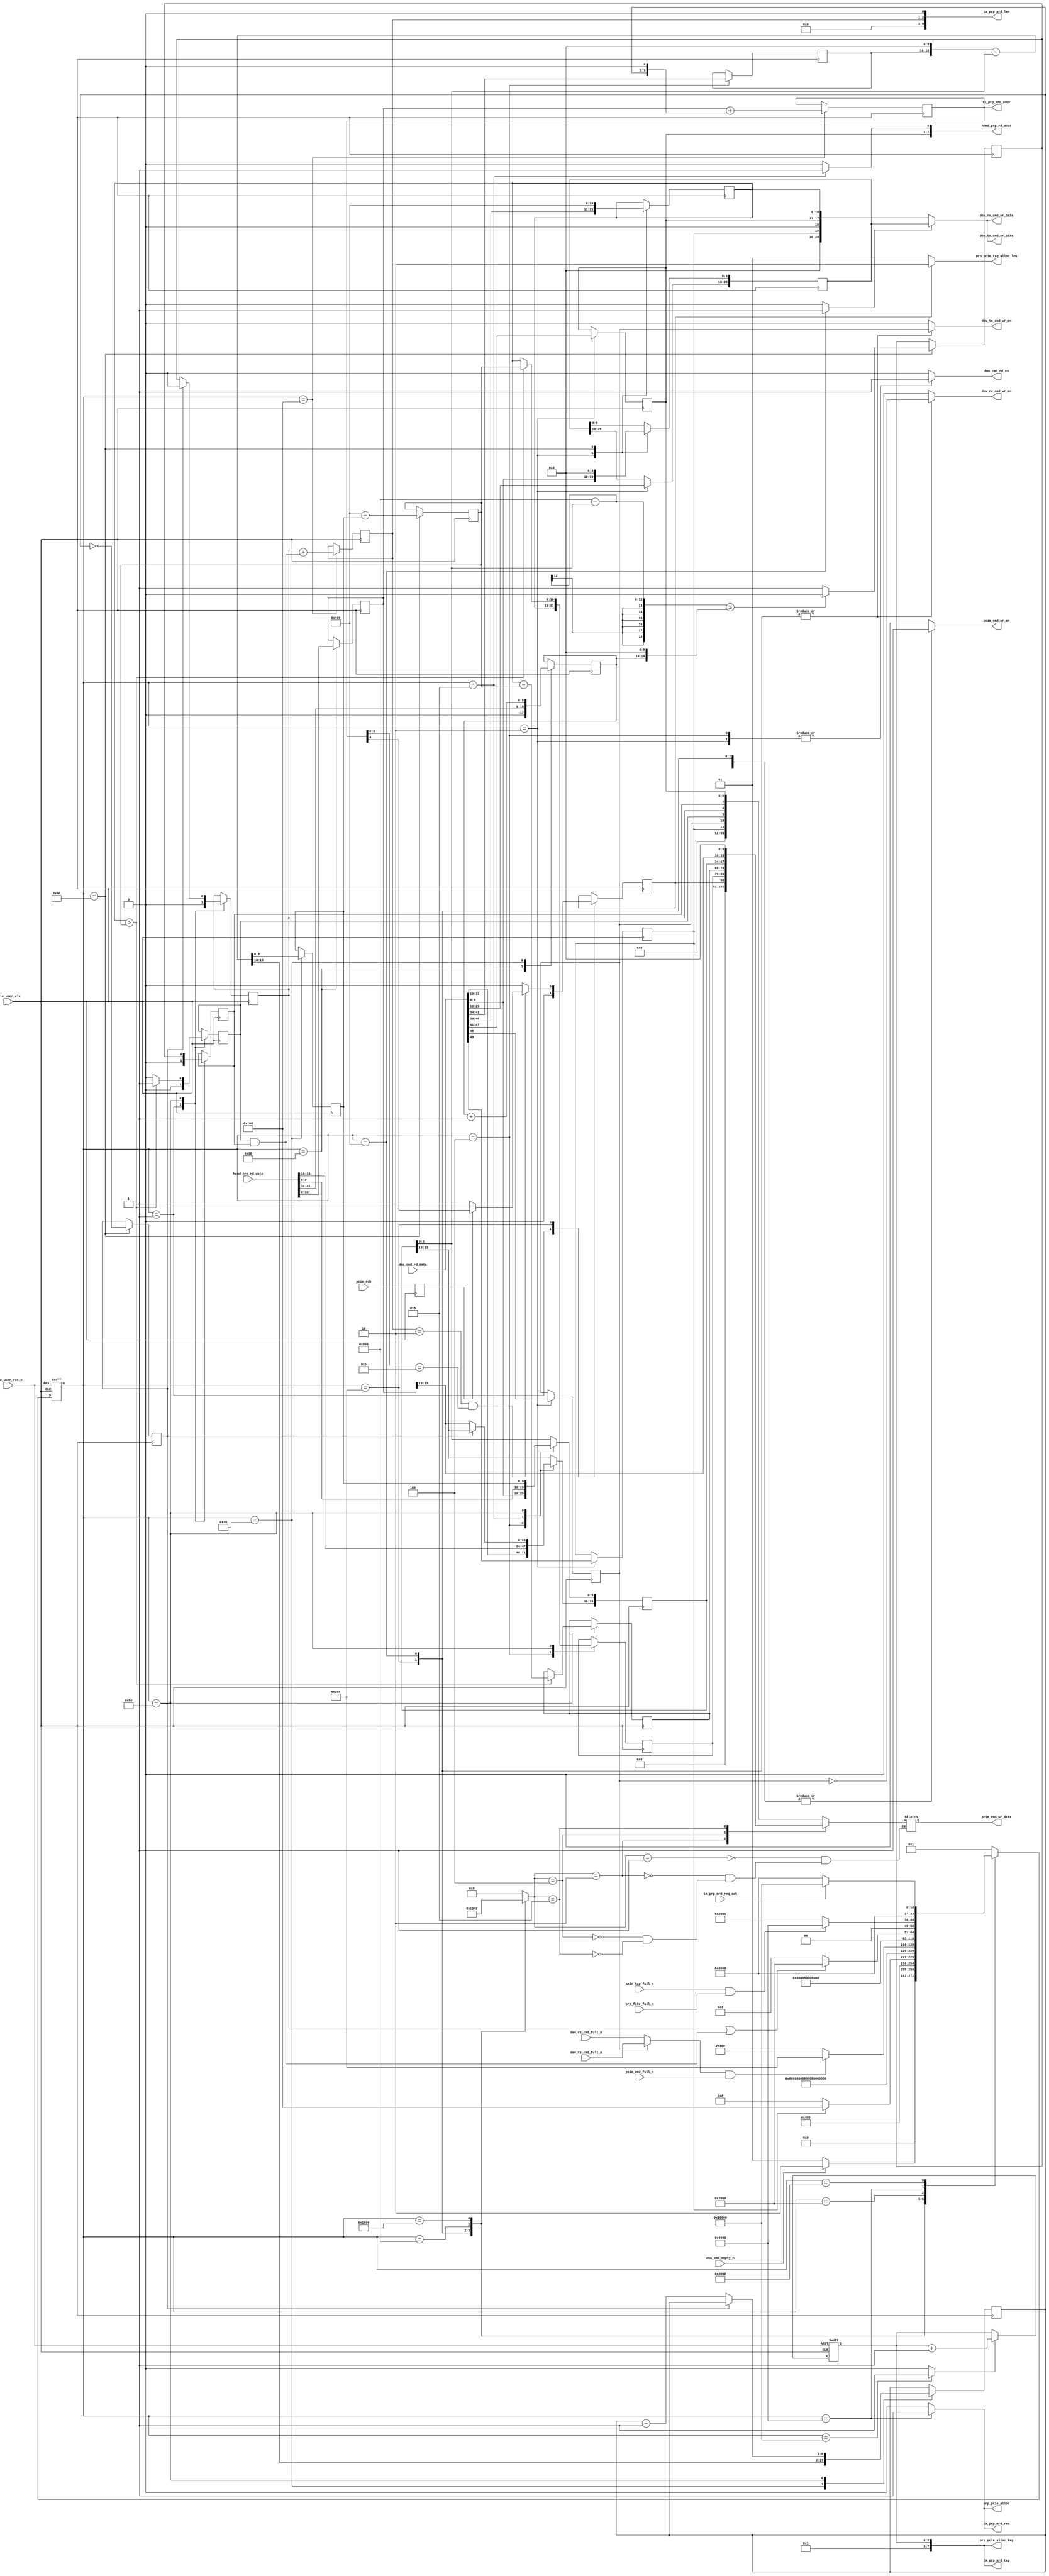

/*
----------------------------------------------------------------------------------
Copyright (c) 2013-2014

  Embedded and Network Computing Lab.
  Open SSD Project
  Hanyang University

All rights reserved.

----------------------------------------------------------------------------------

Redistribution and use in source and binary forms, with or without
modification, are permitted provided that the following conditions are
met:

  1. Redistributions of source code must retain the above copyright
     notice, this list of conditions and the following disclaimer.

  2. Redistributions in binary form must reproduce the above copyright
     notice, this list of conditions and the following disclaimer in the
     documentation and/or other materials provided with the distribution.

  3. All advertising materials mentioning features or use of this source code
     must display the following acknowledgement:
     This product includes source code developed 
     by the Embedded and Network Computing Lab. and the Open SSD Project.

THIS SOFTWARE IS PROVIDED BY THE COPYRIGHT HOLDERS AND CONTRIBUTORS "AS IS" AND
ANY EXPRESS OR IMPLIED WARRANTIES, INCLUDING, BUT NOT LIMITED TO, THE IMPLIED
WARRANTIES OF MERCHANTABILITY AND FITNESS FOR A PARTICULAR PURPOSE ARE
DISCLAIMED. IN NO EVENT SHALL THE COPYRIGHT OWNER OR CONTRIBUTORS BE LIABLE FOR
ANY DIRECT, INDIRECT, INCIDENTAL, SPECIAL, EXEMPLARY, OR CONSEQUENTIAL DAMAGES
(INCLUDING, BUT NOT LIMITED TO, PROCUREMENT OF SUBSTITUTE GOODS OR SERVICES;
LOSS OF USE, DATA, OR PROFITS; OR BUSINESS INTERRUPTION) HOWEVER CAUSED AND
ON ANY THEORY OF LIABILITY, WHETHER IN CONTRACT, STRICT LIABILITY, OR TORT
(INCLUDING NEGLIGENCE OR OTHERWISE) ARISING IN ANY WAY OUT OF THE USE OF THIS
SOFTWARE, EVEN IF ADVISED OF THE POSSIBILITY OF SUCH DAMAGE.

----------------------------------------------------------------------------------

http://enclab.hanyang.ac.kr/
http://www.openssd-project.org/
http://www.hanyang.ac.kr/

----------------------------------------------------------------------------------
*/


`timescale 1ns / 1ps

module dma_cmd_gen # (
	parameter	P_PCIE_DATA_WIDTH			= 128,
	parameter	C_PCIE_ADDR_WIDTH			= 36
)
(
	input									pcie_user_clk,
	input									pcie_user_rst_n,

	input									pcie_rcb,

	output									dma_cmd_rd_en,
	input	[49:0]							dma_cmd_rd_data,
	input									dma_cmd_empty_n,

	output	[7:0]							hcmd_prp_rd_addr,
	input	[44:0]							hcmd_prp_rd_data,

	output									dev_rx_cmd_wr_en,
	output	[29:0]							dev_rx_cmd_wr_data,
	input									dev_rx_cmd_full_n,

	output									dev_tx_cmd_wr_en,
	output	[29:0]							dev_tx_cmd_wr_data,
	input									dev_tx_cmd_full_n,

	output									pcie_cmd_wr_en,
	output	[33:0]							pcie_cmd_wr_data,
	input									pcie_cmd_full_n,

	output									prp_pcie_alloc,
	output	[7:0]							prp_pcie_alloc_tag,
	output	[5:4]							prp_pcie_tag_alloc_len,
	input									pcie_tag_full_n,
	input									prp_fifo_full_n,

	output									tx_prp_mrd_req,
	output	[7:0]							tx_prp_mrd_tag,
	output	[11:2]							tx_prp_mrd_len,
	output	[C_PCIE_ADDR_WIDTH-1:2]			tx_prp_mrd_addr,
	input									tx_prp_mrd_req_ack
);

localparam	LP_PRP_PCIE_TAG_PREFIX			= 5'b00001;

localparam	S_IDLE							= 17'b00000000000000001;
localparam	S_DMA_CMD0						= 17'b00000000000000010;
localparam	S_DMA_CMD1						= 17'b00000000000000100;
localparam	S_PRP_INFO0						= 17'b00000000000001000;
localparam	S_PRP_INFO1						= 17'b00000000000010000;
localparam	S_CALC_LEN0						= 17'b00000000000100000;
localparam	S_CALC_LEN1						= 17'b00000000001000000;
localparam	S_CALC_LEN2						= 17'b00000000010000000;
localparam	S_CHECK_FIFO					= 17'b00000000100000000;
localparam	S_CMD0							= 17'b00000001000000000;
localparam	S_CMD1							= 17'b00000010000000000;
localparam	S_CMD2							= 17'b00000100000000000;
localparam	S_CMD3							= 17'b00001000000000000;
localparam	S_PCIE_MRD_CHECK				= 17'b00010000000000000;
localparam	S_PCIE_MRD_REQ					= 17'b00100000000000000;
localparam	S_PCIE_MRD_ACK					= 17'b01000000000000000;
localparam	S_PCIE_MRD_REQ_DONE				= 17'b10000000000000000;

reg		[16:0]								cur_state;
reg		[16:0]								next_state;

reg											r_pcie_rcb;
reg											r_pcie_rcb_cross;

reg											r_dma_cmd_type;
reg											r_dma_cmd_dir;
reg		[6:0]								r_hcmd_slot_tag;
reg		[31:2]								r_dev_addr;
reg		[12:2]								r_dev_dma_len;
reg		[8:0]								r_4k_offset;

reg		[C_PCIE_ADDR_WIDTH-1:2]				r_hcmd_prp_1;
reg		[C_PCIE_ADDR_WIDTH-1:2]				r_hcmd_prp_2;
reg		[8:0]								r_hcmd_nlb;

reg											r_prp2_type;
reg		[8:0]								r_prp_offset;
reg											r_prp_offset_is_0;
reg		[11:2]								r_prp_4b_offset;
reg		[12:2]								r_1st_prp_4b_len;

reg		[12:2]								r_1st_4b_len;
reg		[12:2]								r_2st_4b_len;

reg											r_2st_valid;
reg											r_1st_mrd_need;
reg											r_2st_mrd_need;
wire										w_2st_mrd_need;

reg		[2:0]								r_tx_prp_mrd_tag;
reg		[4:3]								r_pcie_mrd_len;
reg		[C_PCIE_ADDR_WIDTH-1:2]				r_tx_prp_mrd_addr;

wire	[20:2]								w_4b_offset;
wire										w_dev_cmd_full_n;

reg											r_dma_cmd_rd_en;
reg											r_hcmd_prp_rd_sel;
reg											r_dev_rx_cmd_wr_en;
reg											r_dev_tx_cmd_wr_en;
reg											r_dev_cmd_wr_data_sel;
reg											r_pcie_cmd_wr_en;
reg		[3:0]								r_pcie_cmd_wr_data_sel;
reg											r_prp_pcie_alloc;
reg											r_tx_prp_mrd_req;
reg											r_mrd_tag_update;

reg		[29:0]								r_dev_cmd_wr_data;
reg		[33:0]								r_pcie_cmd_wr_data;

assign dma_cmd_rd_en = r_dma_cmd_rd_en;

assign hcmd_prp_rd_addr = {r_hcmd_slot_tag, r_hcmd_prp_rd_sel};

assign dev_rx_cmd_wr_en = r_dev_rx_cmd_wr_en;
assign dev_rx_cmd_wr_data = r_dev_cmd_wr_data;

assign dev_tx_cmd_wr_en = r_dev_tx_cmd_wr_en;
assign dev_tx_cmd_wr_data = r_dev_cmd_wr_data;

assign pcie_cmd_wr_en = r_pcie_cmd_wr_en;
assign pcie_cmd_wr_data = r_pcie_cmd_wr_data;

assign prp_pcie_alloc = r_prp_pcie_alloc;
assign prp_pcie_alloc_tag = {LP_PRP_PCIE_TAG_PREFIX, r_tx_prp_mrd_tag};
assign prp_pcie_tag_alloc_len = (r_pcie_rcb_cross == 0) ? 2'b01 : 2'b10;

assign tx_prp_mrd_req = r_tx_prp_mrd_req;
assign tx_prp_mrd_tag = {LP_PRP_PCIE_TAG_PREFIX, r_tx_prp_mrd_tag};
assign tx_prp_mrd_len = {7'b0, r_pcie_mrd_len, 1'b0};
assign tx_prp_mrd_addr = r_tx_prp_mrd_addr;

always @ (posedge pcie_user_clk)
begin
	r_pcie_rcb <= pcie_rcb;
end

always @ (posedge pcie_user_clk or negedge pcie_user_rst_n)
begin
	if(pcie_user_rst_n == 0)
		cur_state <= S_IDLE;
	else
		cur_state <= next_state;
end

assign w_dev_cmd_full_n = (r_dma_cmd_dir == 1'b1) ? dev_tx_cmd_full_n : dev_rx_cmd_full_n;

always @ (*)
begin
	case(cur_state)
		S_IDLE: begin
			if(dma_cmd_empty_n == 1'b1)
				next_state <= S_DMA_CMD0;
			else
				next_state <= S_IDLE;
		end
		S_DMA_CMD0: begin
			next_state <= S_DMA_CMD1;
		end
		S_DMA_CMD1: begin
			if(r_dma_cmd_type == 1'b1)
				next_state <= S_CHECK_FIFO;
			else
				next_state <= S_PRP_INFO0;
		end
		S_PRP_INFO0: begin
			next_state <= S_PRP_INFO1;
		end
		S_PRP_INFO1: begin
			next_state <= S_CALC_LEN0;
		end
		S_CALC_LEN0: begin
			next_state <= S_CALC_LEN1;
		end
		S_CALC_LEN1: begin
			next_state <= S_CALC_LEN2;
		end
		S_CALC_LEN2: begin
			next_state <= S_CHECK_FIFO;
		end
		S_CHECK_FIFO: begin
			if(w_dev_cmd_full_n == 1'b1 && pcie_cmd_full_n == 1'b1)
				next_state <= S_CMD0;
			else
				next_state <= S_CHECK_FIFO;
		end
		S_CMD0: begin
			next_state <= S_CMD1;
		end
		S_CMD1: begin
			next_state <= S_CMD2;
		end
		S_CMD2: begin
			next_state <= S_CMD3;
		end
		S_CMD3: begin
			if((r_1st_mrd_need | (r_2st_valid & r_2st_mrd_need)) == 1'b1)
				next_state <= S_PCIE_MRD_CHECK;
			else
				next_state <= S_IDLE;
		end
		S_PCIE_MRD_CHECK: begin
			if(pcie_tag_full_n == 1 && prp_fifo_full_n == 1)
				next_state <= S_PCIE_MRD_REQ;
			else
				next_state <= S_PCIE_MRD_CHECK;
		end
		S_PCIE_MRD_REQ: begin
			next_state <= S_PCIE_MRD_ACK;
		end
		S_PCIE_MRD_ACK: begin
			if(tx_prp_mrd_req_ack == 1'b1)
				next_state <= S_PCIE_MRD_REQ_DONE;
			else
				next_state <= S_PCIE_MRD_ACK;
		end
		S_PCIE_MRD_REQ_DONE: begin
			next_state <= S_IDLE;
		end
		default: begin
			next_state <= S_IDLE;
		end
	endcase
end

always @ (posedge pcie_user_clk or negedge pcie_user_rst_n)
begin
	if(pcie_user_rst_n == 0) begin
		r_tx_prp_mrd_tag <= 0;
	end
	else begin
		if(r_mrd_tag_update == 1)
			r_tx_prp_mrd_tag <= r_tx_prp_mrd_tag + 1;
	end
end

assign w_4b_offset[20:2] = {r_4k_offset, 10'b0} + r_hcmd_prp_1[11:2];
assign w_2st_mrd_need = r_2st_valid & r_2st_mrd_need;

always @ (posedge pcie_user_clk)
begin
	case(cur_state)
		S_IDLE: begin
			r_2st_valid <= 0;
			r_1st_mrd_need <= 0;
			r_2st_mrd_need <= 0;
			r_pcie_rcb_cross <= 0;
		end
		S_DMA_CMD0: begin
			r_dev_addr <= dma_cmd_rd_data[29:0];
			r_dev_dma_len <= dma_cmd_rd_data[40:30];
			r_hcmd_slot_tag <= dma_cmd_rd_data[47:41];
			r_dma_cmd_dir <= dma_cmd_rd_data[48];
			r_dma_cmd_type <= dma_cmd_rd_data[49];
		end
		S_DMA_CMD1: begin
			r_hcmd_prp_1 <= dma_cmd_rd_data[33:0];
			r_4k_offset <= dma_cmd_rd_data[42:34];
			r_1st_4b_len <= r_dev_dma_len;
		end
		S_PRP_INFO0: begin
			r_hcmd_prp_1 <= hcmd_prp_rd_data[33:0];
		end
		S_PRP_INFO1: begin
			r_hcmd_nlb <= {1'b0, hcmd_prp_rd_data[41:34]};
			r_hcmd_prp_2 <= hcmd_prp_rd_data[33:0];
		end
		S_CALC_LEN0: begin
			r_prp_offset <= w_4b_offset[20:12];
			r_prp_4b_offset <= w_4b_offset[11:2];
			r_hcmd_nlb <= r_hcmd_nlb + 1;
		end
		S_CALC_LEN1: begin
			r_dev_addr[11:2] <= 0;
			r_dev_dma_len <= 11'h400;

			r_prp_offset_is_0 <= (r_prp_offset == 0);
			r_1st_prp_4b_len <= 11'h400 - r_prp_4b_offset;

			if((12'h800 - r_hcmd_prp_1[11:2]) >= {r_hcmd_nlb, 10'b0})
				r_prp2_type <= 0;
			else
				r_prp2_type <= 1;
		end
		S_CALC_LEN2: begin
			if(r_dev_dma_len > r_1st_prp_4b_len) begin
				r_1st_4b_len <= r_1st_prp_4b_len;
				r_2st_4b_len <= r_dev_dma_len - r_1st_prp_4b_len;
				r_2st_valid <= 1;
			end
			else begin
				r_1st_4b_len <= r_dev_dma_len;
				r_2st_valid <= 0;
			end

			if(r_prp_offset_is_0 == 1) begin
				r_1st_mrd_need <= 0;
				r_2st_mrd_need <= r_prp2_type;
			end
			else begin
				r_hcmd_prp_1[C_PCIE_ADDR_WIDTH-1:12] <= r_hcmd_prp_2[C_PCIE_ADDR_WIDTH-1:12];
				r_1st_mrd_need <= r_prp2_type;
				r_2st_mrd_need <= r_prp2_type;
				r_prp_offset <= r_prp_offset - 1'b1;
			end
			r_hcmd_prp_1[11:2] <= r_prp_4b_offset;
		end
		S_CHECK_FIFO: begin
			r_tx_prp_mrd_addr <= r_hcmd_prp_2 + {r_prp_offset, 1'b0};
			r_pcie_mrd_len <= r_1st_mrd_need + w_2st_mrd_need;
		end
		S_CMD0: begin
			if(r_pcie_mrd_len == 2 && r_tx_prp_mrd_addr[5:2] == 4'b1110) begin
				if(r_pcie_rcb == 1)
					r_pcie_rcb_cross <= r_tx_prp_mrd_addr[6];
				else
					r_pcie_rcb_cross <= 1;
			end
			else
				r_pcie_rcb_cross <= 0;
		end
		S_CMD1: begin

		end
		S_CMD2: begin

		end
		S_CMD3: begin

		end
		S_PCIE_MRD_CHECK: begin

		end
		S_PCIE_MRD_REQ: begin

		end
		S_PCIE_MRD_ACK: begin

		end
		S_PCIE_MRD_REQ_DONE: begin

		end
		default: begin

		end
	endcase
end

always @ (*)
begin
	if(r_dev_cmd_wr_data_sel == 0)
		r_dev_cmd_wr_data <= {10'b0, r_dma_cmd_type, 1'b0, r_hcmd_slot_tag, r_dev_dma_len};
	else
		r_dev_cmd_wr_data <= r_dev_addr;

	case(r_pcie_cmd_wr_data_sel)  // synthesis parallel_case full_case
		4'b0001: r_pcie_cmd_wr_data <= {22'b0, r_dma_cmd_type, r_dma_cmd_dir, r_2st_valid, r_1st_mrd_need, r_2st_mrd_need, r_hcmd_slot_tag};
		4'b0010: r_pcie_cmd_wr_data <= {11'b0, r_pcie_rcb_cross, r_1st_4b_len, r_2st_4b_len};
		4'b0100: r_pcie_cmd_wr_data <= r_hcmd_prp_1;
		4'b1000: r_pcie_cmd_wr_data <= {r_hcmd_prp_2[C_PCIE_ADDR_WIDTH-1:12], 10'b0};
	endcase
end

always @ (*)
begin
	case(cur_state)
		S_IDLE: begin
			r_dma_cmd_rd_en <= 0;
			r_hcmd_prp_rd_sel <= 0;
			r_dev_rx_cmd_wr_en <= 0;
			r_dev_tx_cmd_wr_en <= 0;
			r_dev_cmd_wr_data_sel <= 0;
			r_pcie_cmd_wr_en <= 0;
			r_pcie_cmd_wr_data_sel <= 4'b0;
			r_prp_pcie_alloc <= 0;
			r_tx_prp_mrd_req <= 0;
			r_mrd_tag_update <= 0;
		end
		S_DMA_CMD0: begin
			r_dma_cmd_rd_en <= 1;
			r_hcmd_prp_rd_sel <= 0;
			r_dev_rx_cmd_wr_en <= 0;
			r_dev_tx_cmd_wr_en <= 0;
			r_dev_cmd_wr_data_sel <= 0;
			r_pcie_cmd_wr_en <= 0;
			r_pcie_cmd_wr_data_sel <= 4'b0;
			r_prp_pcie_alloc <= 0;
			r_tx_prp_mrd_req <= 0;
			r_mrd_tag_update <= 0;
		end
		S_DMA_CMD1: begin
			r_dma_cmd_rd_en <= 1;
			r_hcmd_prp_rd_sel <= 0;
			r_dev_rx_cmd_wr_en <= 0;
			r_dev_tx_cmd_wr_en <= 0;
			r_dev_cmd_wr_data_sel <= 0;
			r_pcie_cmd_wr_en <= 0;
			r_pcie_cmd_wr_data_sel <= 4'b0;
			r_prp_pcie_alloc <= 0;
			r_tx_prp_mrd_req <= 0;
			r_mrd_tag_update <= 0;
		end
		S_PRP_INFO0: begin
			r_dma_cmd_rd_en <= 0;
			r_hcmd_prp_rd_sel <= 1;
			r_dev_rx_cmd_wr_en <= 0;
			r_dev_tx_cmd_wr_en <= 0;
			r_dev_cmd_wr_data_sel <= 0;
			r_pcie_cmd_wr_en <= 0;
			r_pcie_cmd_wr_data_sel <= 4'b0;
			r_prp_pcie_alloc <= 0;
			r_tx_prp_mrd_req <= 0;
			r_mrd_tag_update <= 0;
		end
		S_PRP_INFO1: begin
			r_dma_cmd_rd_en <= 0;
			r_hcmd_prp_rd_sel <= 0;
			r_dev_rx_cmd_wr_en <= 0;
			r_dev_tx_cmd_wr_en <= 0;
			r_dev_cmd_wr_data_sel <= 0;
			r_pcie_cmd_wr_en <= 0;
			r_pcie_cmd_wr_data_sel <= 4'b0;
			r_prp_pcie_alloc <= 0;
			r_tx_prp_mrd_req <= 0;
			r_mrd_tag_update <= 0;
		end
		S_CALC_LEN0: begin
			r_dma_cmd_rd_en <= 0;
			r_hcmd_prp_rd_sel <= 0;
			r_dev_rx_cmd_wr_en <= 0;
			r_dev_tx_cmd_wr_en <= 0;
			r_dev_cmd_wr_data_sel <= 0;
			r_pcie_cmd_wr_en <= 0;
			r_pcie_cmd_wr_data_sel <= 4'b0;
			r_prp_pcie_alloc <= 0;
			r_tx_prp_mrd_req <= 0;
			r_mrd_tag_update <= 0;
		end
		S_CALC_LEN1: begin
			r_dma_cmd_rd_en <= 0;
			r_hcmd_prp_rd_sel <= 0;
			r_dev_rx_cmd_wr_en <= 0;
			r_dev_tx_cmd_wr_en <= 0;
			r_dev_cmd_wr_data_sel <= 0;
			r_pcie_cmd_wr_en <= 0;
			r_pcie_cmd_wr_data_sel <= 4'b0;
			r_prp_pcie_alloc <= 0;
			r_tx_prp_mrd_req <= 0;
			r_mrd_tag_update <= 0;
		end
		S_CALC_LEN2: begin
			r_dma_cmd_rd_en <= 0;
			r_hcmd_prp_rd_sel <= 0;
			r_dev_rx_cmd_wr_en <= 0;
			r_dev_tx_cmd_wr_en <= 0;
			r_dev_cmd_wr_data_sel <= 0;
			r_pcie_cmd_wr_en <= 0;
			r_pcie_cmd_wr_data_sel <= 4'b0;
			r_prp_pcie_alloc <= 0;
			r_tx_prp_mrd_req <= 0;
			r_mrd_tag_update <= 0;
		end
		S_CHECK_FIFO: begin
			r_dma_cmd_rd_en <= 0;
			r_hcmd_prp_rd_sel <= 0;
			r_dev_rx_cmd_wr_en <= 0;
			r_dev_tx_cmd_wr_en <= 0;
			r_dev_cmd_wr_data_sel <= 0;
			r_pcie_cmd_wr_en <= 0;
			r_pcie_cmd_wr_data_sel <= 4'b0;
			r_prp_pcie_alloc <= 0;
			r_tx_prp_mrd_req <= 0;
			r_mrd_tag_update <= 0;
		end
		S_CMD0: begin
			r_dma_cmd_rd_en <= 0;
			r_hcmd_prp_rd_sel <= 0;
			r_dev_rx_cmd_wr_en <= ~r_dma_cmd_dir;
			r_dev_tx_cmd_wr_en <= r_dma_cmd_dir;
			r_dev_cmd_wr_data_sel <= 0;
			r_pcie_cmd_wr_en <= 1;
			r_pcie_cmd_wr_data_sel <= 4'b0001;
			r_prp_pcie_alloc <= 0;
			r_tx_prp_mrd_req <= 0;
			r_mrd_tag_update <= 0;
		end
		S_CMD1: begin
			r_dma_cmd_rd_en <= 0;
			r_hcmd_prp_rd_sel <= 0;
			r_dev_rx_cmd_wr_en <= ~r_dma_cmd_dir;
			r_dev_tx_cmd_wr_en <= r_dma_cmd_dir;
			r_dev_cmd_wr_data_sel <= 1;
			r_pcie_cmd_wr_en <= 1;
			r_pcie_cmd_wr_data_sel <= 4'b0010;
			r_prp_pcie_alloc <= 0;
			r_tx_prp_mrd_req <= 0;
			r_mrd_tag_update <= 0;
		end
		S_CMD2: begin
			r_dma_cmd_rd_en <= 0;
			r_hcmd_prp_rd_sel <= 0;
			r_dev_rx_cmd_wr_en <= 0;
			r_dev_tx_cmd_wr_en <= 0;
			r_dev_cmd_wr_data_sel <= 0;
			r_pcie_cmd_wr_en <= 1;
			r_pcie_cmd_wr_data_sel <= 4'b0100;
			r_prp_pcie_alloc <= 0;
			r_tx_prp_mrd_req <= 0;
			r_mrd_tag_update <= 0;
		end
		S_CMD3: begin
			r_dma_cmd_rd_en <= 0;
			r_hcmd_prp_rd_sel <= 0;
			r_dev_rx_cmd_wr_en <= 0;
			r_dev_tx_cmd_wr_en <= 0;
			r_dev_cmd_wr_data_sel <= 0;
			r_pcie_cmd_wr_en <= 1;
			r_pcie_cmd_wr_data_sel <= 4'b1000;
			r_prp_pcie_alloc <= 0;
			r_tx_prp_mrd_req <= 0;
			r_mrd_tag_update <= 0;
		end
		S_PCIE_MRD_CHECK: begin
			r_dma_cmd_rd_en <= 0;
			r_hcmd_prp_rd_sel <= 0;
			r_dev_rx_cmd_wr_en <= 0;
			r_dev_tx_cmd_wr_en <= 0;
			r_dev_cmd_wr_data_sel <= 0;
			r_pcie_cmd_wr_en <= 0;
			r_pcie_cmd_wr_data_sel <= 4'b0;
			r_prp_pcie_alloc <= 0;
			r_tx_prp_mrd_req <= 0;
			r_mrd_tag_update <= 0;
		end
		S_PCIE_MRD_REQ: begin
			r_dma_cmd_rd_en <= 0;
			r_hcmd_prp_rd_sel <= 0;
			r_dev_rx_cmd_wr_en <= 0;
			r_dev_tx_cmd_wr_en <= 0;
			r_dev_cmd_wr_data_sel <= 0;
			r_pcie_cmd_wr_en <= 0;
			r_pcie_cmd_wr_data_sel <= 4'b0;
			r_prp_pcie_alloc <= 1;
			r_tx_prp_mrd_req <= 1;
			r_mrd_tag_update <= 0;
		end
		S_PCIE_MRD_ACK: begin
			r_dma_cmd_rd_en <= 0;
			r_hcmd_prp_rd_sel <= 0;
			r_dev_rx_cmd_wr_en <= 0;
			r_dev_tx_cmd_wr_en <= 0;
			r_dev_cmd_wr_data_sel <= 0;
			r_pcie_cmd_wr_en <= 0;
			r_pcie_cmd_wr_data_sel <= 4'b0;
			r_prp_pcie_alloc <= 0;
			r_tx_prp_mrd_req <= 0;
			r_mrd_tag_update <= 0;
		end
		S_PCIE_MRD_REQ_DONE: begin
			r_dma_cmd_rd_en <= 0;
			r_hcmd_prp_rd_sel <= 0;
			r_dev_rx_cmd_wr_en <= 0;
			r_dev_tx_cmd_wr_en <= 0;
			r_dev_cmd_wr_data_sel <= 0;
			r_pcie_cmd_wr_en <= 0;
			r_pcie_cmd_wr_data_sel <= 4'b0;
			r_prp_pcie_alloc <= 0;
			r_tx_prp_mrd_req <= 0;
			r_mrd_tag_update <= 1;
		end
		default: begin
			r_dma_cmd_rd_en <= 0;
			r_hcmd_prp_rd_sel <= 0;
			r_dev_rx_cmd_wr_en <= 0;
			r_dev_tx_cmd_wr_en <= 0;
			r_dev_cmd_wr_data_sel <= 0;
			r_pcie_cmd_wr_en <= 0;
			r_pcie_cmd_wr_data_sel <= 4'b0;
			r_prp_pcie_alloc <= 0;
			r_tx_prp_mrd_req <= 0;
			r_mrd_tag_update <= 0;
		end
	endcase
end

endmodule